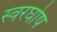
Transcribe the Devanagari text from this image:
स्वरघोष